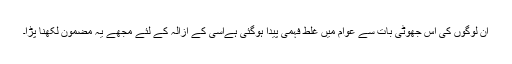
ان لوگوں کی اس جھوٹی بات سے عوام میں غلط فہمی پیدا ہوگئی ہےاسی کے ازالہ کے لئے مجھے یہ مضمون لکھنا پڑا۔